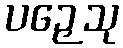
ပဉှေသု